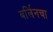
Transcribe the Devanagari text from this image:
बर्लिनचा